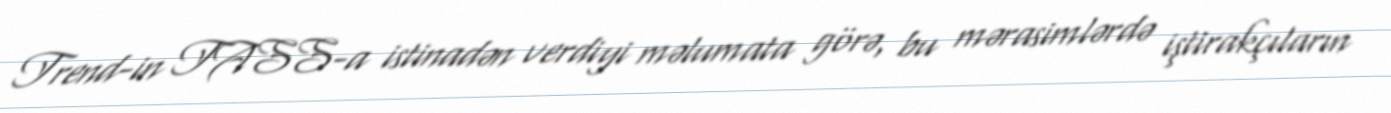
Trend-in TASS-a istinadən verdiyi məlumata görə, bu mərasimlərdə iştirakçıların